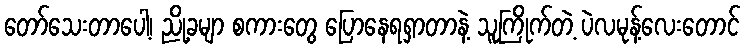
တော်သေးတာပေါ့၊ ညို့ခမျာ စကားတွေ ပြောနေရရှာတာနဲ့ သူကြိုက်တဲ့ ပဲလမုန့်လေးတောင်